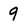
Character: 9